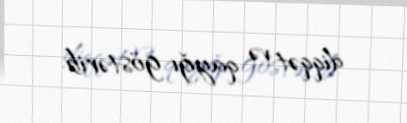
diqqət və qayğı göstərib.